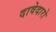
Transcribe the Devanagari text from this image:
दावेदारो